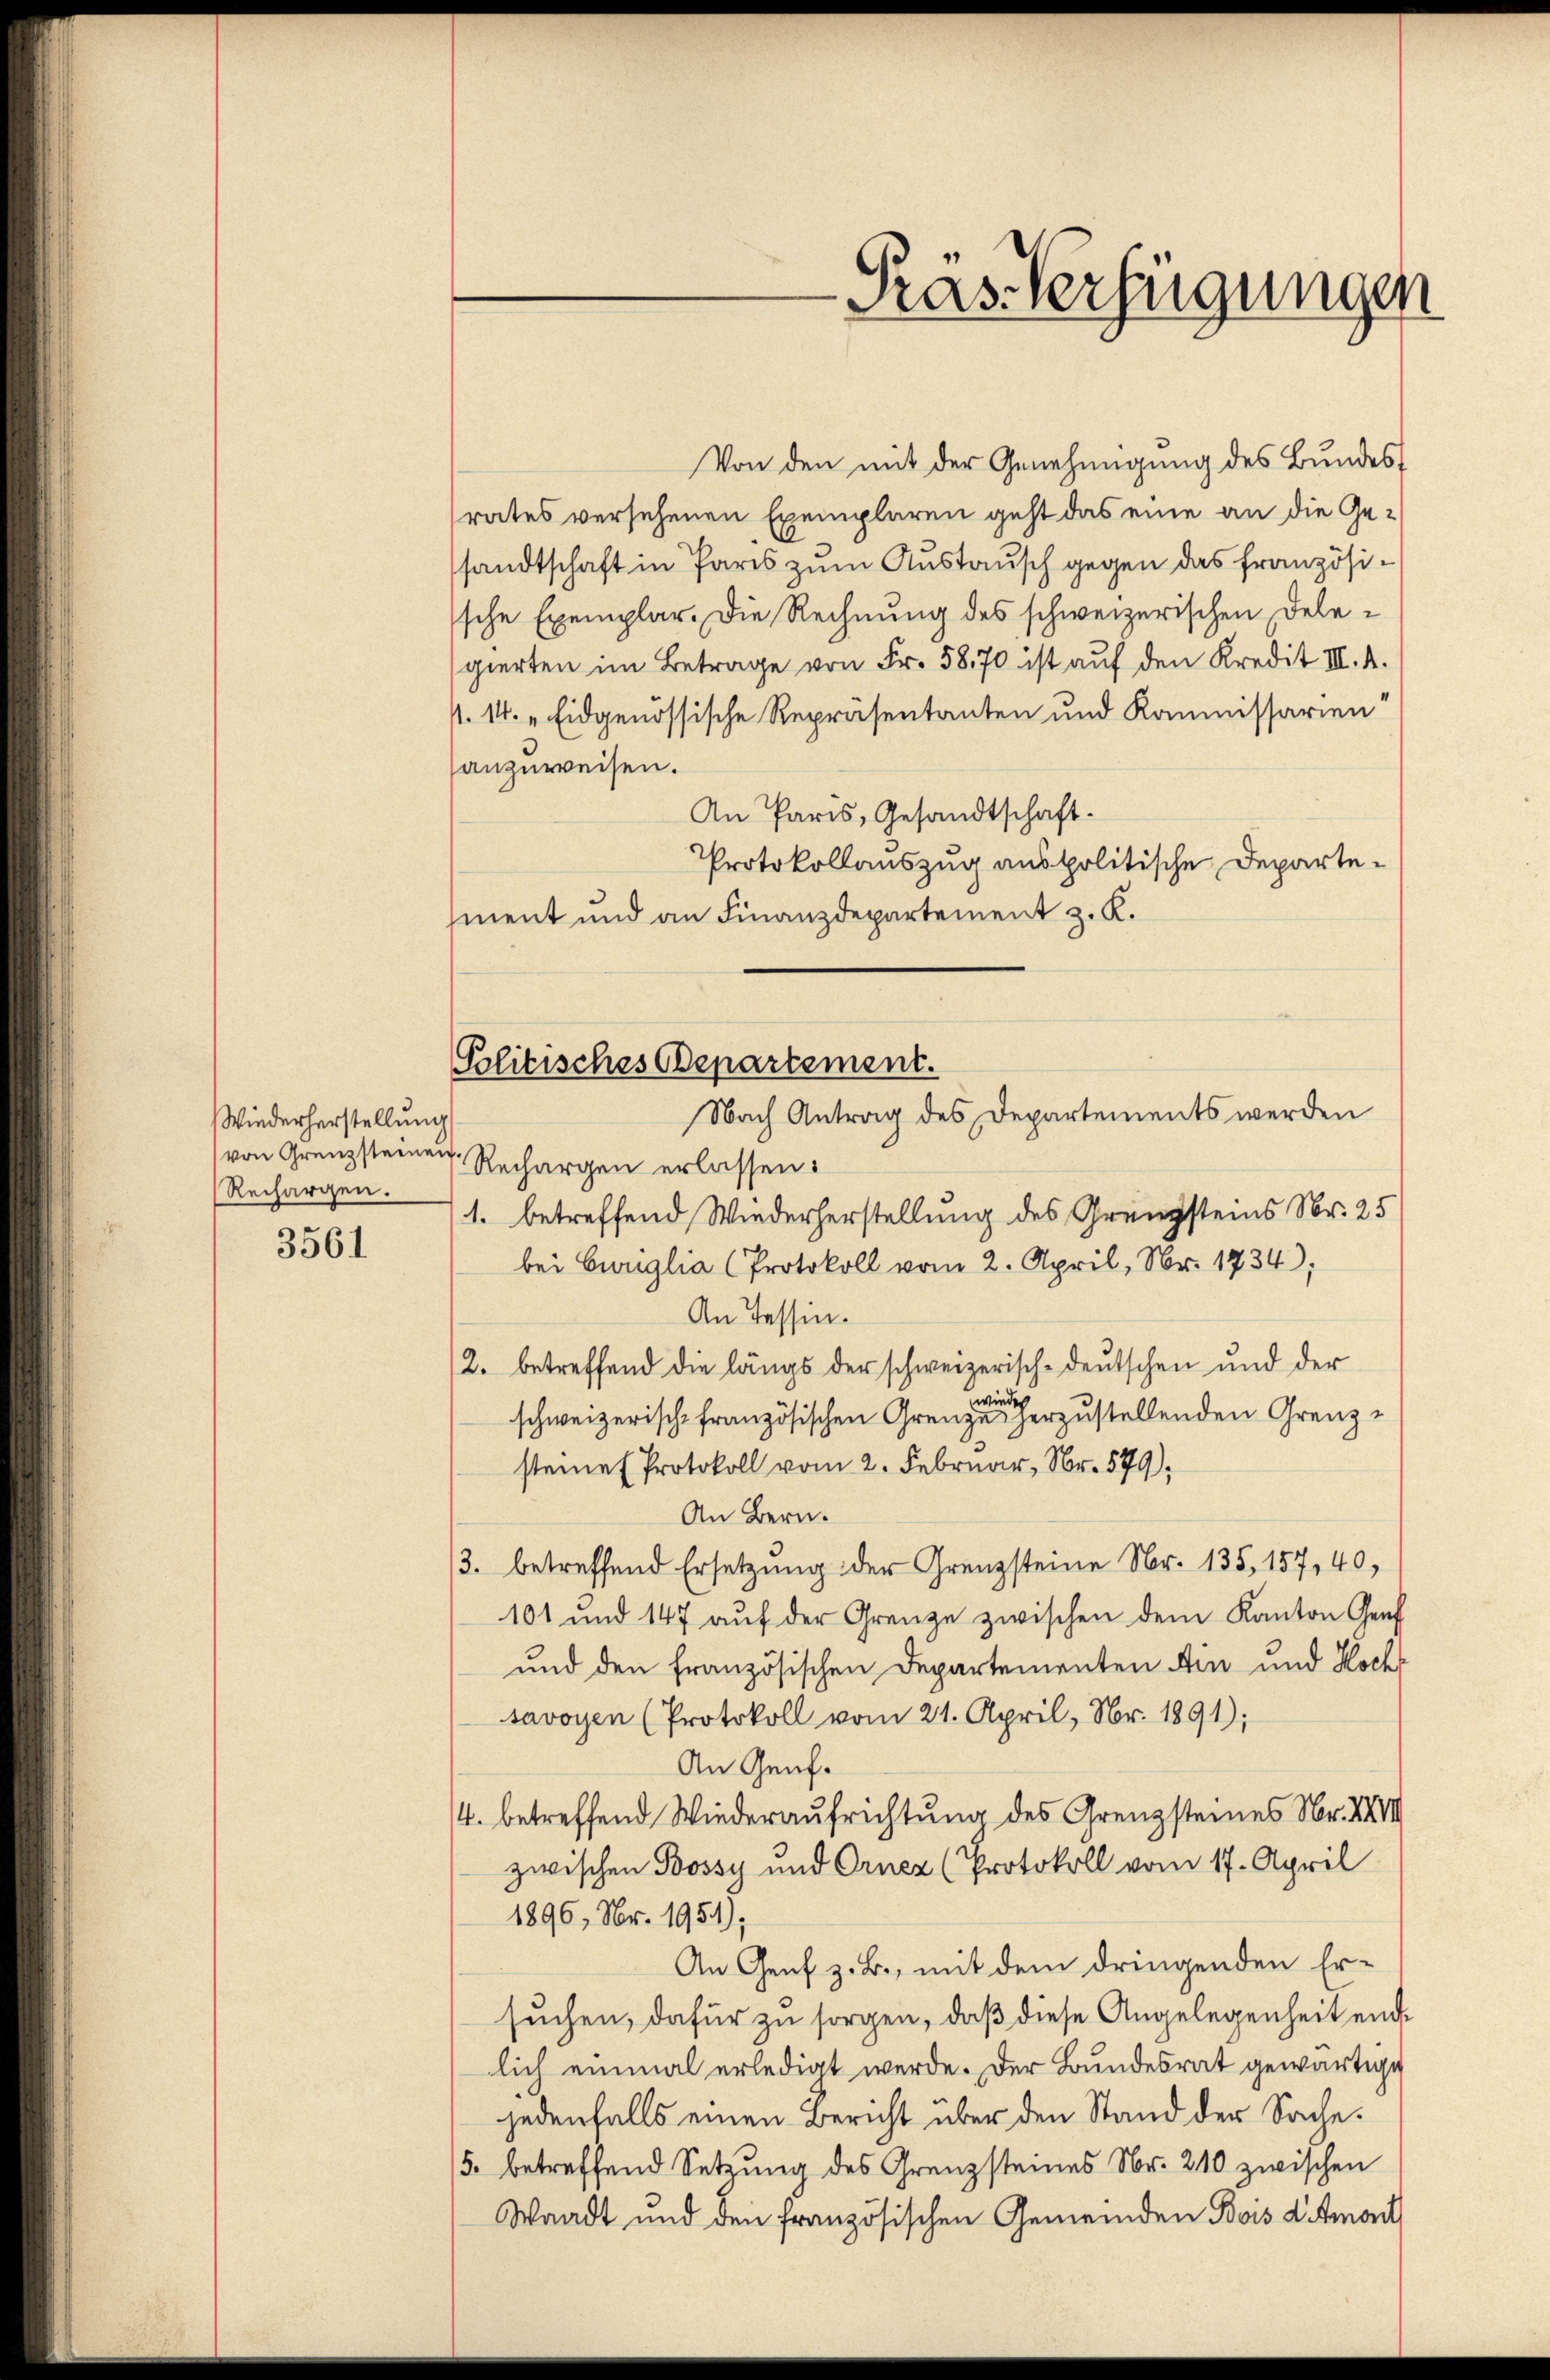
Wiederherstellung
von Grenzsteinen
Rechargen.
3561

Politisches Departement.

Präs Verfügungen

Von den mit der Genehmigung des Bundesrates versehenen Exemplaren geht das eine an die Gesandtschaft in Paris zum Austausch gegen das französische Exemplar. Die Rechnung des schweizerischen Delegierten im Betrage von Fr. 5870 ist auf den Kredit III. A.
. 14. „ Eidgenössische Repräsentanten und Kommissarien“
anzuweisen.
An Paris, Gesandtschaft.
Protokollauszug anspolitische Departement und an Finanzdepartement z. K.
Nach Antrag des Departements werden
Rechargen erlassen:
1. betreffend Wiederherstellung des Grenzsteins Nr. 25
bei Ewiglia (Protokoll vom 2. April, Nr. 1734);
An Tessin.
2. betreffend die längs der schweizerisch-deutschen und der
wieder
schweizerische französischen Grenze herzustellenden Grenzsteine Protokoll vom 2. Februar, Nr. 579),
An Bern.
3. betreffend Ersetzung der Grenzsteine Nr. 135, 157, 40,
101 und 147 aŭf der Grenze zwischen dem Kanton Genf
und den französischen Departementen Ain und Koch
savoyen (Protokoll vom 21. April, Nr. 1891);
An Genf.
4. betreffend Wiederaufrichtung des Grenzsteines Nr. XXIII
zwischen Bossy und Ornez (Protokoll vom 17. April
1896, Nr. 1951);
An Genf z. B., mit dem dringenden Ersuchen, dafür zu sorgen, daß diese Angelegenheit end
lich einmal erledigt werde. Der Bundesrat gewärtige
jedenfalls einen Bericht über den Stand der Sache.
/5. betreffend Setzung des Grenzsteines Nr. 210 zwischen
Waadt und den französischen Gemeinden Bois d. Amort